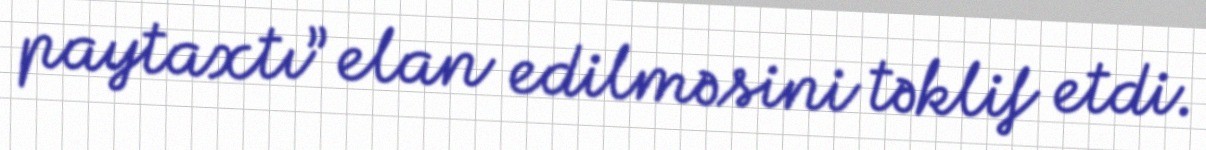
paytaxtı” elan edilməsini təklif etdi.